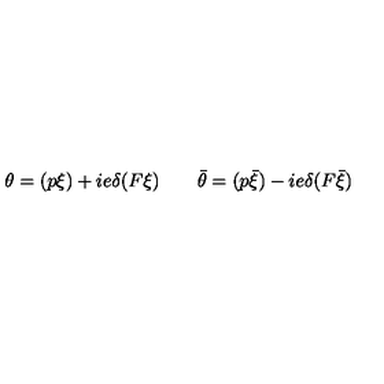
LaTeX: \theta = ( p \xi ) + i e \delta ( F \xi ) \qquad \bar { \theta } = ( p \bar { \xi } ) - i e \delta ( F \bar { \xi } )